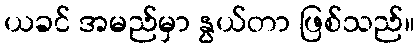
ယခင် အမည်မှာ နွယ်တာ ဖြစ်သည်။